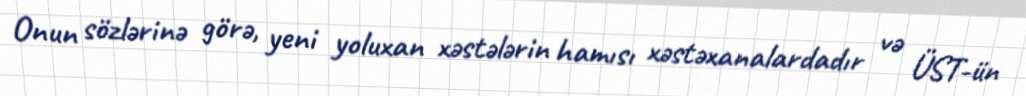
Onun sözlərinə görə, yeni yoluxan xəstələrin hamısı xəstəxanalardadır və ÜST-ün